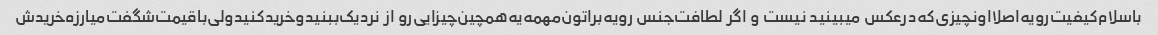
با‌سلام‌کیفیت‌رویه‌اصلا‌اونچیزی‌که‌در‌عکس میبینید نیست ‌و اگر لطافت‌جنس رویه‌براتون‌مهمه‌یه‌همچین‌چیزایی‌رو از ‌نردیک‌ببنید‌وخرید‌کنید‌ولی‌با‌قیمت‌شگفت‌میارزه‌خریدش